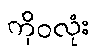
ကိုဝလုံး